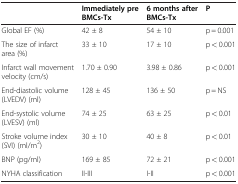
|  | Immediately pre BMCs-Tx | 6 months after BMCs-Tx | P |
 | --- | --- | --- | --- |
 | Global EF (%) | 42 ± 8 | 54 ± 10 | p = 0.001 |
 | The size of infarct area (%) | 33 ± 10 | 17 ± 10 | p < 0.001 |
 | Infarct wall movement velocity (cm/s) | 1.70 ± 0.90 | 3.98 ± 0.86 | p < 0.001 |
 | End-diastolic volume (LVEDV) (ml) | 128 ± 45 | 136 ± 50 | p = NS |
 | End-systolic volume (LVESV) (ml) | 74 ± 25 | 63 ± 25 | p < 0.01 |
 | Stroke volume index (SVI) (ml/m2) | 30 ± 10 | 40 ± 8 | p < 0.01 |
 | BNP (pg/ml) | 169 ± 85 | 72 ± 21 | p < 0.001 |
 | NYHA classification | II-III | I-II | p < 0.001 |